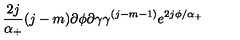
\frac { 2 j } { \alpha _ { + } } ( j - m ) \partial \phi \partial \gamma \gamma ^ { ( j - m - 1 ) } e ^ { 2 j \phi / \alpha _ { + } }